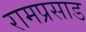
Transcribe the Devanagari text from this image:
रामप्रसाड